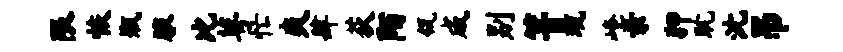
限恢瓶腋比萼忙爽肆荻陌瓴成别箐琉崦亲狎耽沈吊